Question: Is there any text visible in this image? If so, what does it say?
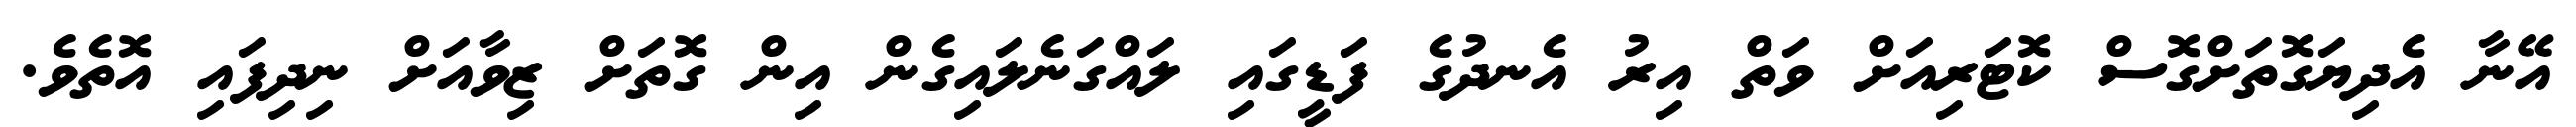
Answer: އޭނާ އެދިޔަގޮތަށްގޮސް ކޮޓަރިއަށް ވަތް އިރު އެނދުގެ ފަޑީގައި ލައްގަނެލައިގެން އިން ގޮތަށް ޒިވާއަށް ނިދިފައި އޮތެވެ.